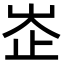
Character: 峜